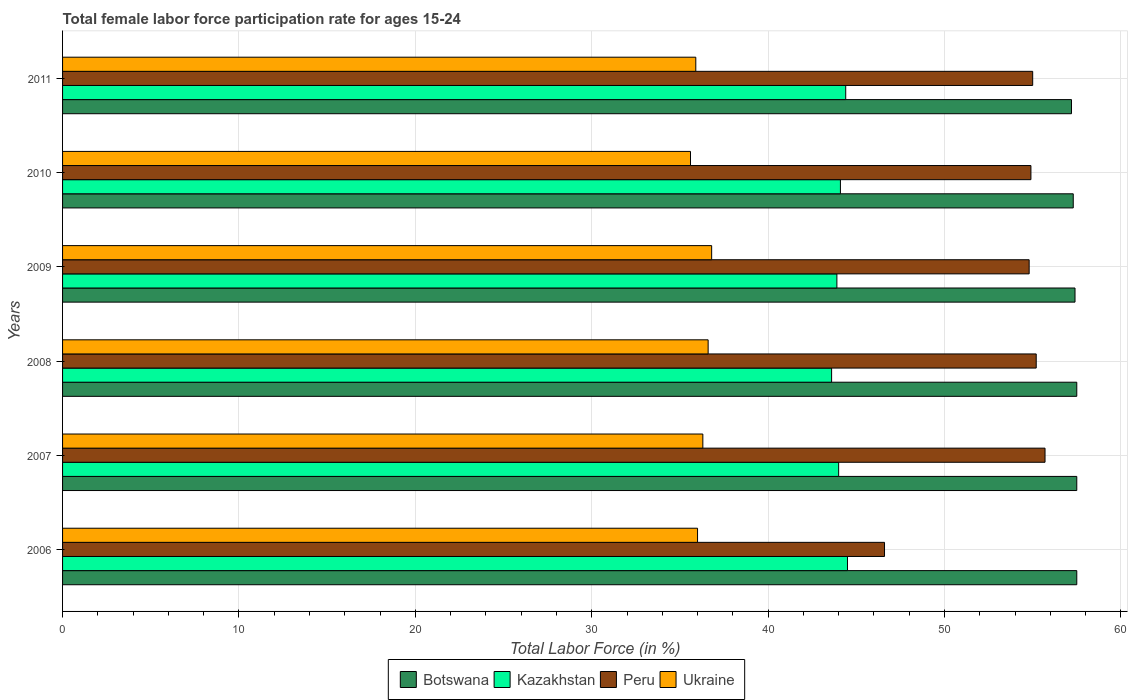
| Years | Botswana | Kazakhstan | Peru | Ukraine |
 | --- | --- | --- | --- | --- |
 | 2006 | 57.5 | 44.5 | 46.6 | 36 |
 | 2007 | 57.5 | 44 | 55.7 | 36.3 |
 | 2008 | 57.5 | 43.6 | 55.2 | 36.6 |
 | 2009 | 57.4 | 43.9 | 54.8 | 36.8 |
 | 2010 | 57.3 | 44.1 | 54.9 | 35.6 |
 | 2011 | 57.2 | 44.4 | 55 | 35.9 |